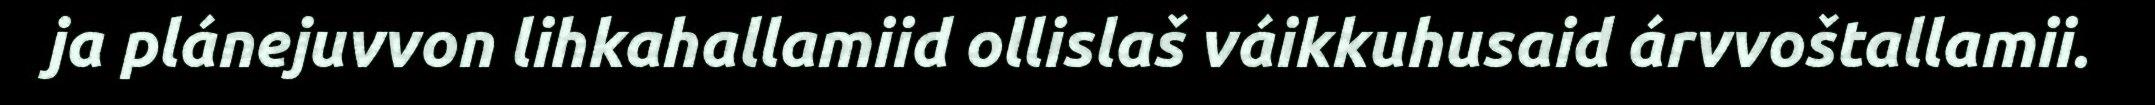
ja plánejuvvon lihkahallamiid ollislaš váikkuhusaid árvvoštallamii.